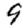
Digit: 9